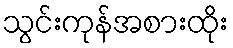
သွင်းကုန်အစားထိုး